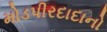
મોડપીરદાદાનો